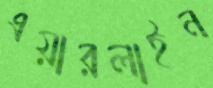
এয়ারলাইন